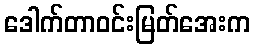
ဒေါက်တာဝင်းမြတ်အေးက